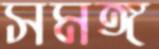
সমঙ্গ